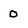
Character: 0